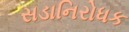
સડાનિરોધક